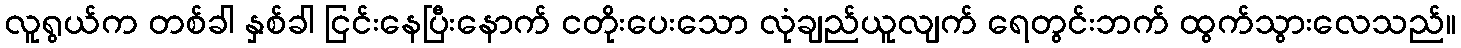
လူရွယ်က တစ်ခါ နှစ်ခါ ငြင်းနေပြီးနောက် ငတိုးပေးသော လုံချည်ယူလျက် ရေတွင်းဘက် ထွက်သွားလေသည်။